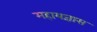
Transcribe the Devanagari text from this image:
महायज्ञास